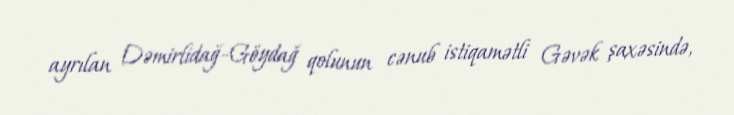
ayrılan Dəmirlidağ-Göydağ qolunun cənub istiqamətli Gəvək şaxəsində,